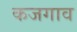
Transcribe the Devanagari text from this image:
कजगाव